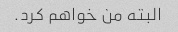
البته من خواهم کرد.